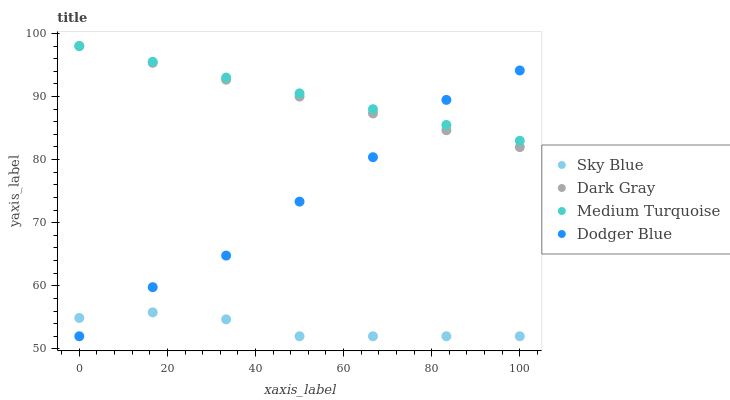
| xaxis_label | Sky Blue | Dark Gray | Medium Turquoise | Dodger Blue |
 | --- | --- | --- | --- | --- |
 | 0 | 54.9 | 98 | 98 | 52 |
 | 16.7 | 55.8 | 95.3 | 95.5 | 59.8 |
 | 33.3 | 54.7 | 92.7 | 93 | 64.8 |
 | 50 | 52 | 90 | 90.5 | 73.3 |
 | 66.7 | 52 | 87.3 | 88 | 80.4 |
 | 83.3 | 52 | 84.6 | 85.5 | 89.5 |
 | 100 | 52 | 82 | 83 | 94.1 |